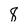
Character: 8